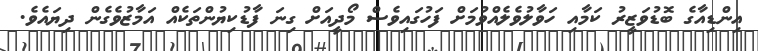
އިންޑިއާގެ ބޮޑުވަޒީރު ކަމާއި ހަވާލުވެލެއްވުމަށް ފަހުގައިވެސް މޯދީއަށް ގިނަ ފާޑުކިޔުންތަކެއް އަމާޒުވެގެން ދިޔައެވެ.